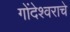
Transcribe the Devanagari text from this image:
गोंदेश्वराचे